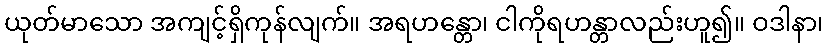
ယုတ်မာသော အကျင့်ရှိကုန်လျက်။ အရဟန္တော၊ ငါကိုရဟန္တာလည်းဟူ၍။ ဝဒါနာ၊